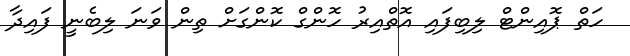
ހަތް ޕޮއިންޓް ލިބިފައި އޮތްއިރު ހޮންގް ކޮންގަށް ތިން ވަނަ ލިބެނީ ފައިދާ